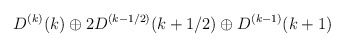
\begin{align*}D^{(k)}(k) \oplus 2 D^{(k-1/2)}(k+1/2) \oplus D^{(k-1)}(k+1)\end{align*}